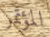
المؤتمر